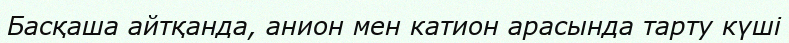
Басқаша айтқанда, анион мен катион арасында тарту күші